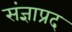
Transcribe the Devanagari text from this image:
संज्ञाप्रद